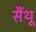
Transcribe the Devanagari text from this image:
सैंथू